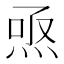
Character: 焏